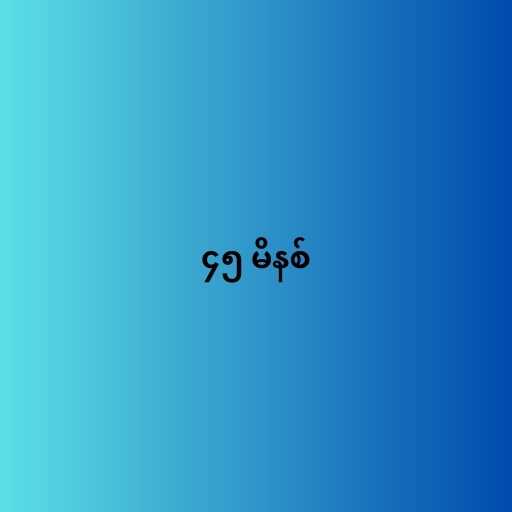
၄၅ မိနစ်